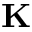
\mathbf { K }